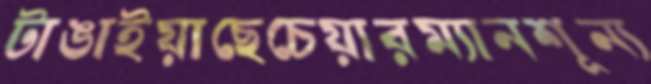
টাঙাইয়াছেচেয়ারম্যানশূন্য